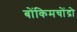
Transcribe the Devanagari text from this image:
बोंकिमचोंद्रो